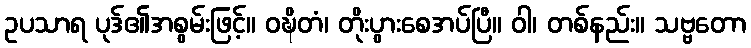
ဥပသာရ ပုဒ်၏အစွမ်းဖြင့်။ ဝဍ္ဎိတံ၊ တိုးပွားစေအပ်ပြီ။ ဝါ၊ တစ်နည်း။ သဗ္ဗတော